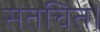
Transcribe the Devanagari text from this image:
सतचित।